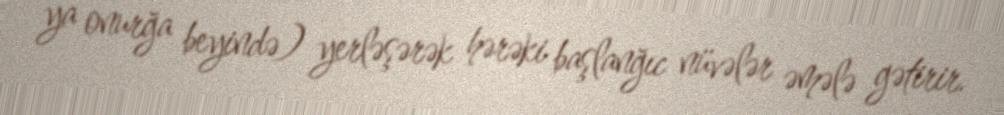
ya onurğa beyində) yerləşərək hərəki başlanğıc nüvələr əmələ gətirir.